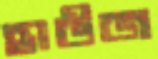
হাউজ